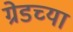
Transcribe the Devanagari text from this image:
ग्रेडच्या